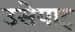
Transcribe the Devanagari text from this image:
उसेयाह